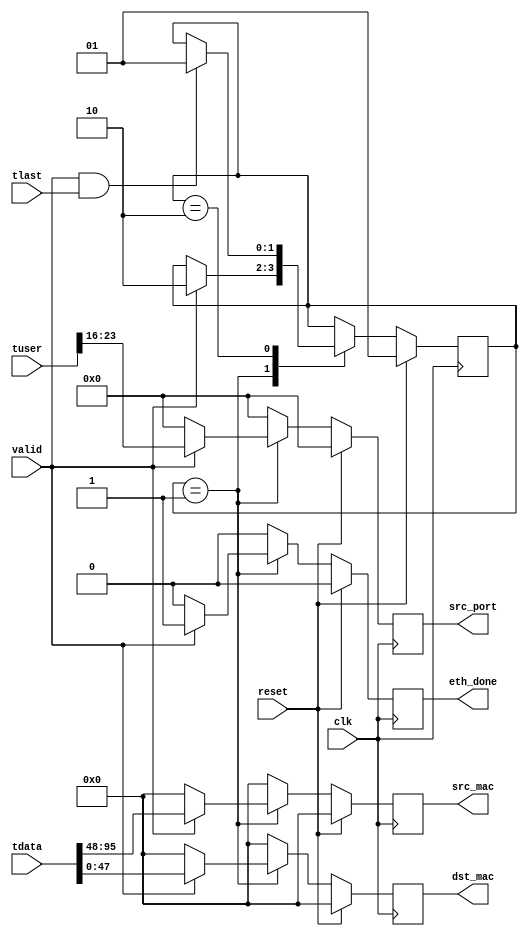
/*******************************************************************************
*
* Copyright (c) 2015 University of Cambridge
* All rights reserved.
*
* File:
* eth_parser.v
*
* Library:
* /hw/contrib/pcores/switch_lite_output_port_lookup_v1_0_0
*
*  Module:
*        eth_parser
*
*  Author:
*        Gianni Antichi, Muhammad Shahbaz
*
* Description:
* parsing of the L2 header
*
* This software was developed by the University of Cambridge Computer Laboratory
* under EPSRC INTERNET Project EP/H040536/1, National Science Foundation under Grant No. CNS-0855268,
* and Defense Advanced Research Projects Agency (DARPA) and Air Force Research Laboratory (AFRL),
* under contract FA8750-11-C-0249.
*
* @NETFPGA_LICENSE_HEADER_START@
*
* Licensed to NetFPGA Open Systems C.I.C. (NetFPGA) under one or more contributor
* license agreements. See the NOTICE file distributed with this work for
* additional information regarding copyright ownership. NetFPGA licenses this
* file to you under the NetFPGA Hardware-Software License, Version 1.0 (the
* "License"); you may not use this file except in compliance with the
* License. You may obtain a copy of the License at:
*
* http://www.netfpga-cic.org
*
* Unless required by applicable law or agreed to in writing, Work distributed
* under the License is distributed on an "AS IS" BASIS, WITHOUT WARRANTIES OR
* CONDITIONS OF ANY KIND, either express or implied. See the License for the
* specific language governing permissions and limitations under the License.
*
* @NETFPGA_LICENSE_HEADER_END@
*/

  `timescale 1ns/1ps

  module eth_parser
    #(parameter C_S_AXIS_DATA_WIDTH  = 256,
      parameter C_S_AXIS_TUSER_WIDTH = 128,
      parameter SRC_PORT_POS         = 16,
      parameter NUM_QUEUES           = 8
    )
    (
      // --- Interface to the previous stage
      input  [C_S_AXIS_DATA_WIDTH-1:0]   tdata,
      input  [C_S_AXIS_TUSER_WIDTH-1:0]  tuser,
      input                              valid,
      input 				             tlast,

      // --- Interface to output_port_lookup
      output reg [47:0]                  dst_mac,
      output reg [47:0]                  src_mac,
      output reg                         eth_done,
      output reg [NUM_QUEUES-1:0]        src_port,
  
      // --- Misc
      input                              reset,
      input                              clk
    );
    
 // ------------ Internal Params --------

   localparam NUM_STATES         = 2;
   localparam READ_MAC_ADDRESSES = 1;
   localparam WAIT_EOP           = 2;

   // ------------- Regs/ wires -----------

   reg [47:0]                  dst_mac_w;
   reg [47:0]                  src_mac_w;
   reg                         eth_done_w;
   reg [NUM_QUEUES-1:0]        src_port_w;
   
   reg [NUM_STATES-1:0]        state, state_next;

   // ------------ Logic ----------------

   always @(*) begin
      src_mac_w      = 0;
      dst_mac_w      = 0;
      eth_done_w     = 0;
      src_port_w     = 0;
      state_next     = state;
      
	  case(state)
        /* read the input source header and get the first word */
        READ_MAC_ADDRESSES: begin
           if(valid) begin
              src_port_w   = tuser[SRC_PORT_POS+7:SRC_PORT_POS];
              dst_mac_w    = tdata[47:0];
              src_mac_w    = tdata[95:48];
	          eth_done_w   = 1;
              state_next = WAIT_EOP;
           end
        end // case: READ_WORD_1

        WAIT_EOP: begin
           if(valid && tlast)
              state_next = READ_MAC_ADDRESSES;
           end
      endcase // case(state)
   end // always @ (*)

   always @(posedge clk) begin
      if(reset) begin
	     src_port <= {NUM_QUEUES{1'b0}};
		 dst_mac  <= 48'b0;
		 src_mac  <= 48'b0;
		 eth_done <= 0;
		 
         state  <= READ_MAC_ADDRESSES;
      end
      else begin
	     src_port <= src_port_w;
		 dst_mac  <= dst_mac_w;
		 src_mac  <= src_mac_w;
		 eth_done <= eth_done_w;
		 
         state  <= state_next;
      end // else: !if(reset)
   end // always @ (posedge clk)

endmodule // ethernet_parser